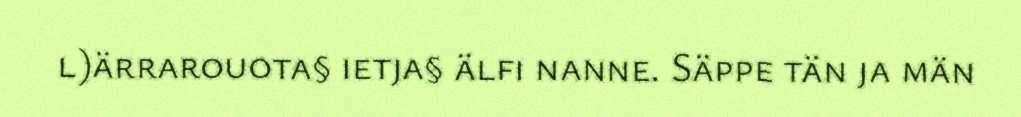
l)ärrarouota§ ietja§ älfi nanne. Säppe tän ja män